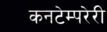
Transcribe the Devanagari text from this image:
कनटेम्परेरी